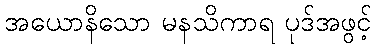
အယောနိသော မနသိကာရ ပုဒ်အဖွင့်